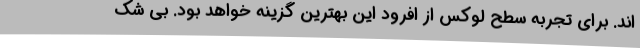
اند. برای تجربه سطح لوکس از افرود این بهترین گزینه خواهد بود. بی شک